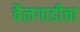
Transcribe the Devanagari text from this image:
बैलगाडीचा